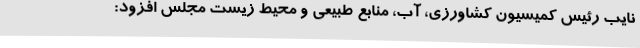
نایب رئیس کمیسیون کشاورزی، آب، منابع طبیعی و محیط زیست مجلس افزود: